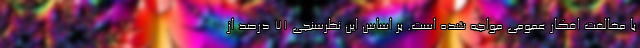
با مخالفت افکار عمومی مواجه شده است. بر اساس این نظرسنجی 71 درصد از